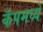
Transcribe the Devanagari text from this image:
कँपमध्ये